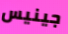
جينيس